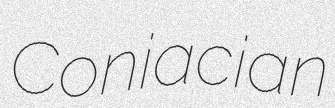
Coniacian